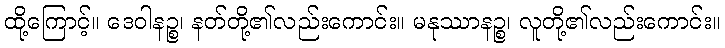
ထို့ကြောင့်။ ဒေဝါနဉ္စ၊ နတ်တို့၏လည်းကောင်း။ မနုဿာနဉ္စ၊ လူတို့၏လည်းကောင်း။